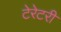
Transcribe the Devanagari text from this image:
टेरेटरी